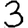
Digit: 3